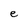
Character: e